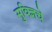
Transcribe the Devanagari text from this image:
सुविज्ञचे